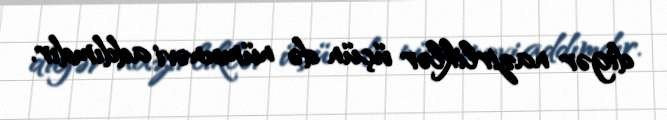
digər nazirliklər üçün də nümunəvi addımdır.